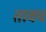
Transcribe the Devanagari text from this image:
तावच